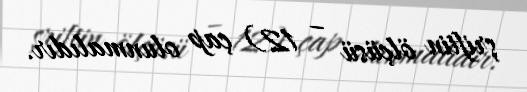
şriftin ölçüsü – 12) çap olunmalıdır.